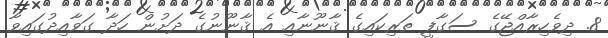
8. ދިވެހިރާއްޖޭގެ ސަގާފީ ތަރިކައިގެ ޤާނޫނާއި އެ ޤާނޫނުގެ ދަށުން ހަދާ ގަވާއިދުގައިވާ